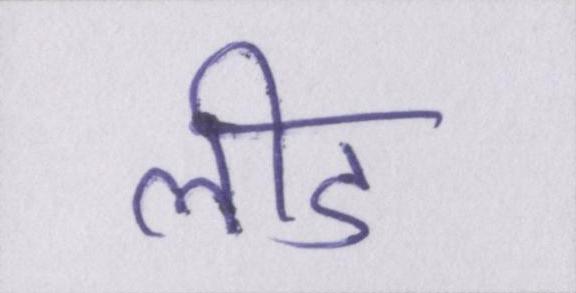
लीड